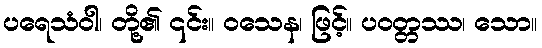
ပရေသံဝါ၊ တို့၏ ၎င်း။ ဝသေန၊ ဖြင့်။ ပဝတ္တဿ၊ သော။